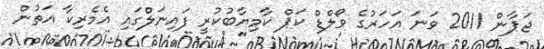
ޖަޕާން 2011 ވަނަ އަހަރުގެ ވޯލްޑް ކަޕް ކާމިޔާބުުކުރީ ފައިނަލްގައި އެމެރިކާ އަތުން